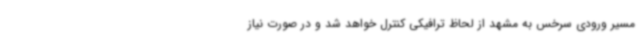
مسیر ورودی سرخس به مشهد از لحاظ ترافیکی کنترل خواهد شد و در صورت نیاز